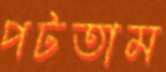
পটতাম